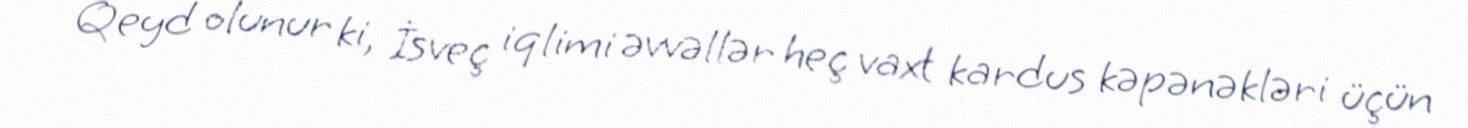
Qeyd olunur ki, İsveç iqlimi əvvəllər heç vaxt kardus kəpənəkləri üçün